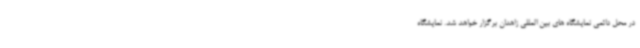
در محل دائمی نمایشگاه های بین المللی زاهدان برگزار خواهد شد. نمایشگاه